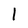
Character: I